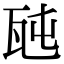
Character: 瓲